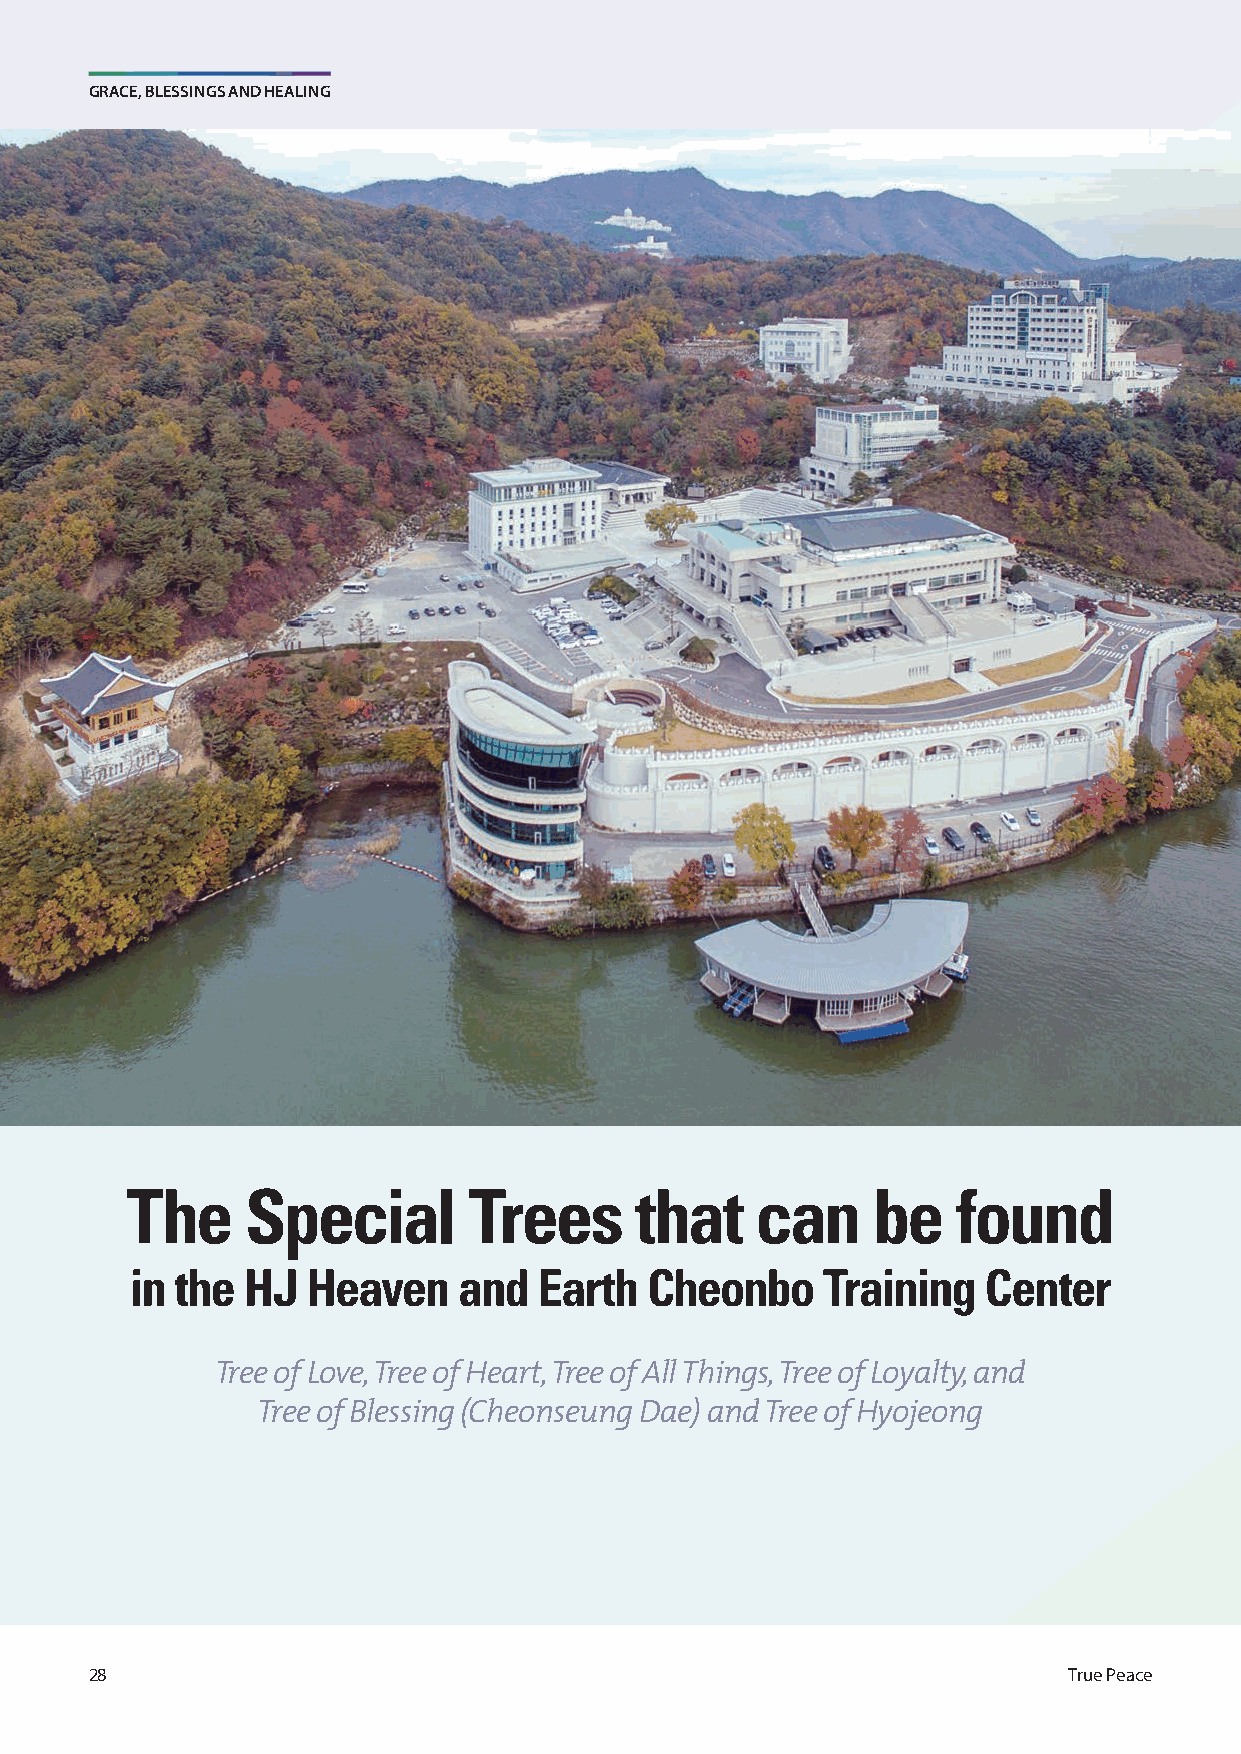
GRACE, BLESSINGS AND HEALING
 The     Special        Trees      that    can     be   found
 in the HJ  Heaven    and   Earth  Cheonbo    Training   Center
 Tree of Love, Tree of Heart, Tree of All Things, Tree of Loyalty, and
 Tree of Blessing (Cheonseung Dae) and Tree of Hyojeong
 28                                                               True Peace